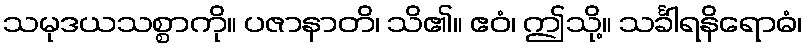
သမုဒယသစ္စာကို။ ပဇာနာတိ၊ သိ၏။ ဧဝံ၊ ဤသို့။ သင်္ခါရနိရောဓံ၊